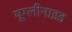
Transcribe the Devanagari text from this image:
यूग्लीनाइड